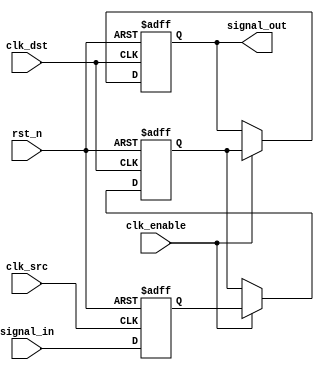
module signal_crossing_synchronizer #(
    parameter STAGES = 2 // Number of synchronizer stages (2 or 3)
)(
    input wire clk_src,          // Source clock
    input wire clk_dst,          // Destination clock
    input wire rst_n,            // Asynchronous reset (active low)
    input wire signal_in,        // Input signal from source clock domain
    input wire clk_enable,       // Clock enable for destination clock
    output reg signal_out        // Synchronized output signal
);

    // Intermediate registers for synchronization stages
    reg [STAGES-1:0] sync_reg;

    // Input flip-flop (first stage)
    always @(posedge clk_src or negedge rst_n) begin
        if (!rst_n) begin
            sync_reg[0] <= 1'b0; // Initialize to known state
        end else begin
            sync_reg[0] <= signal_in; // Capture input signal
        end
    end

    // Intermediate flip-flops (stages 2 to STAGES)
    genvar i;
    generate
        for (i = 1; i < STAGES; i = i + 1) begin : sync_stages
            always @(posedge clk_dst or negedge rst_n) begin
                if (!rst_n) begin
                    sync_reg[i] <= 1'b0; // Initialize to known state
                end else if (clk_enable) begin
                    sync_reg[i] <= sync_reg[i-1]; // Pass signal through
                end
            end
        end
    endgenerate

    // Output flip-flop (final stage)
    always @(posedge clk_dst or negedge rst_n) begin
        if (!rst_n) begin
            signal_out <= 1'b0; // Initialize to known state
        end else if (clk_enable) begin
            signal_out <= sync_reg[STAGES-1]; // Output the last stage
        end
    end

endmodule